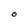
Character: O